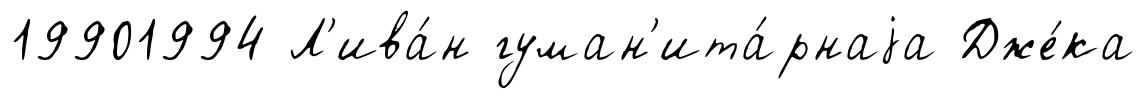
19901994 Л'ива́н гуман'ита́рнаjа Дже́ка